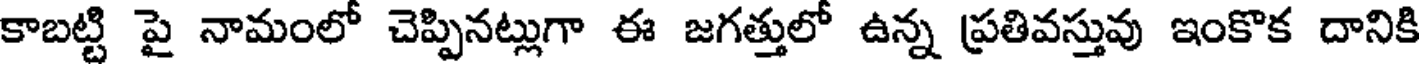
కాబట్టి పై నామంలో చెప్పినట్లుగా ఈ జగత్తులో ఉన్న ప్రతివస్తువు ఇంకొక దానికి